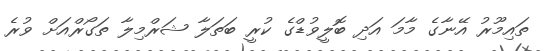
ތައިމޫރު އޭނާގެ މާމަ އަދި ބޮލީވުޑްގެ ކުރީ ބަތަލާ ޝަރްމިލާ ތަގޯރްއަށް ވުރެ